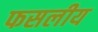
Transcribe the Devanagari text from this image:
फसलीय